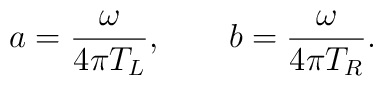
a = { \omega \over 4 \pi T_L}, ~~~~~~ b = {\omega \over 4 \pi T_R}.